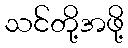
သင်တို့အဖို့